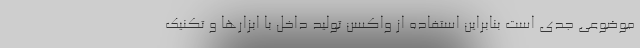
موضوعی جدی است بنابراین استفاده از واکسن تولید داخل با ابزارها و تکنیک